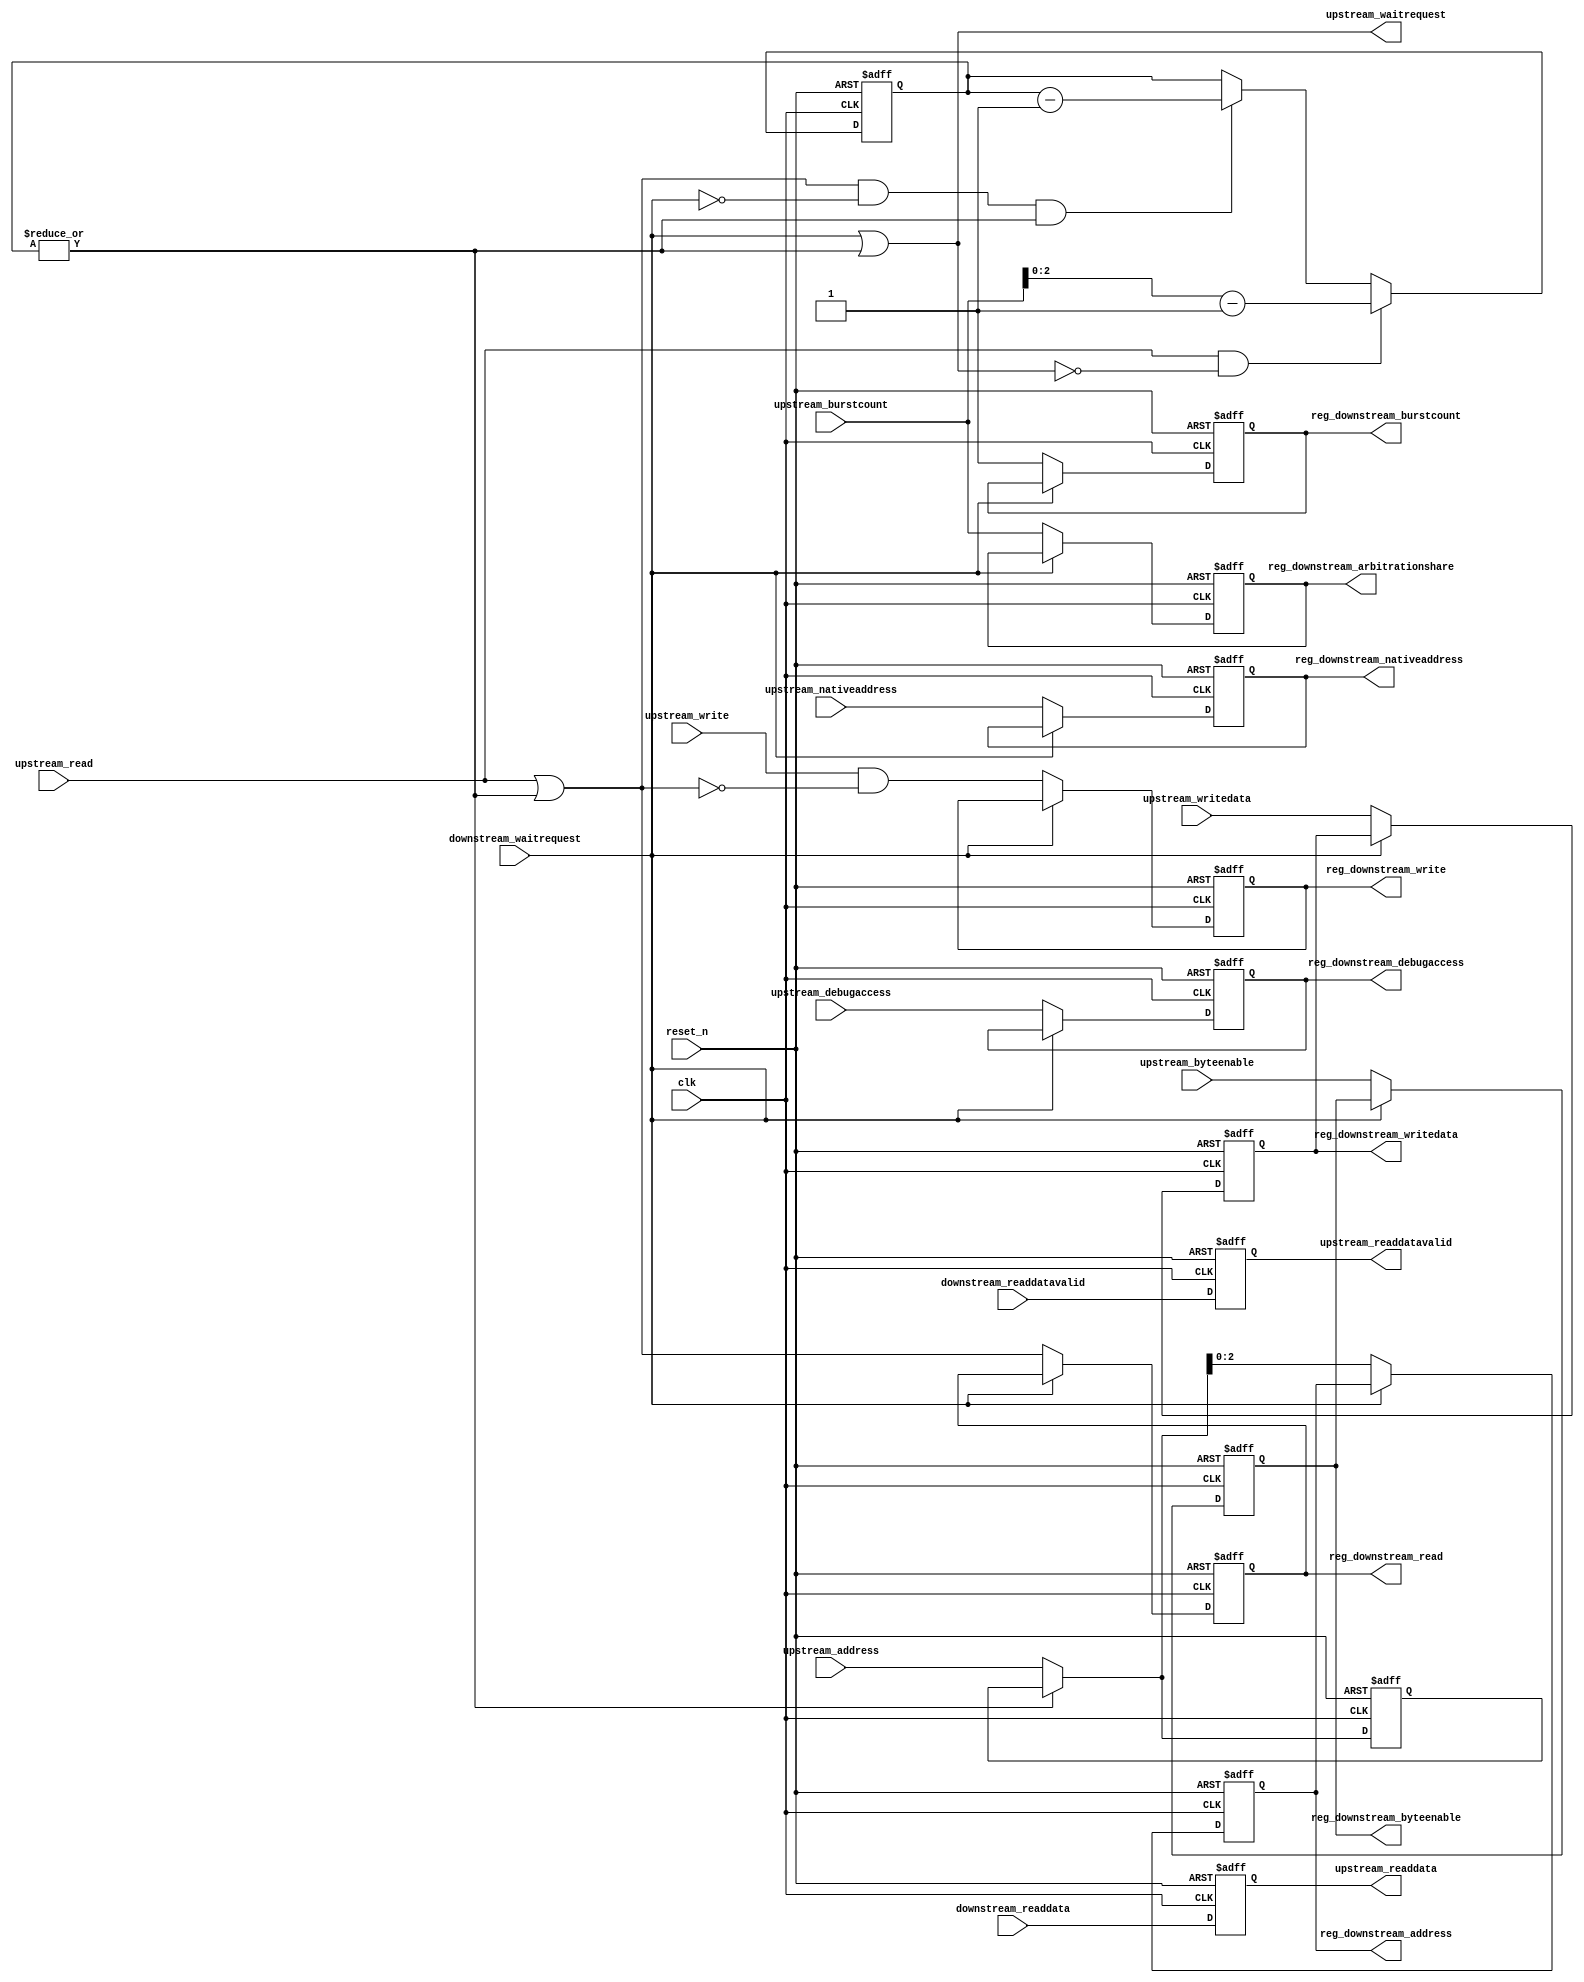
//Legal Notice: (C)2014 Altera Corporation. All rights reserved.  Your
//use of Altera Corporation's design tools, logic functions and other
//software and tools, and its AMPP partner logic functions, and any
//output files any of the foregoing (including device programming or
//simulation files), and any associated documentation or information are
//expressly subject to the terms and conditions of the Altera Program
//License Subscription Agreement or other applicable license agreement,
//including, without limitation, that your use is for the sole purpose
//of programming logic devices manufactured by Altera and sold by Altera
//or its authorized distributors.  Please refer to the applicable
//agreement for further details.

// synthesis translate_off
`timescale 1ns / 1ps
// synthesis translate_on

// turn off superfluous verilog processor warnings 
// altera message_level Level1 
// altera message_off 10034 10035 10036 10037 10230 10240 10030 

//
//Burst adapter parameters:
//adapter is mastered by: cpu_linux/data_master
//adapter masters: jtag_uart_0/avalon_jtag_slave
//asp_debug: 0
//byteaddr_width: 5
//ceil_data_width: 32
//data_width: 32
//dbs_shift: 0
//dbs_upstream_burstcount_width: 4
//downstream_addr_shift: 2
//downstream_burstcount_width: 1
//downstream_max_burstcount: 1
//downstream_pipeline: 1
//dynamic_slave: 0
//master_always_burst_max_burst: 0
//master_burst_on_burst_boundaries_only: 1
//master_data_width: 32
//master_interleave: 0
//master_linewrap_bursts: 0
//nativeaddr_width: 3
//slave_always_burst_max_burst: 0
//slave_burst_on_burst_boundaries_only: 0
//slave_interleave: 0
//slave_linewrap_bursts: 0
//upstream_burstcount: upstream_burstcount
//upstream_burstcount_width: 4
//upstream_max_burstcount: 8
//zero_address_width: 0


module Medipix_sopc_burst_2 (
                              // inputs:
                               clk,
                               downstream_readdata,
                               downstream_readdatavalid,
                               downstream_waitrequest,
                               reset_n,
                               upstream_address,
                               upstream_burstcount,
                               upstream_byteenable,
                               upstream_debugaccess,
                               upstream_nativeaddress,
                               upstream_read,
                               upstream_write,
                               upstream_writedata,

                              // outputs:
                               reg_downstream_address,
                               reg_downstream_arbitrationshare,
                               reg_downstream_burstcount,
                               reg_downstream_byteenable,
                               reg_downstream_debugaccess,
                               reg_downstream_nativeaddress,
                               reg_downstream_read,
                               reg_downstream_write,
                               reg_downstream_writedata,
                               upstream_readdata,
                               upstream_readdatavalid,
                               upstream_waitrequest
                            )
;

  output  [  2: 0] reg_downstream_address;
  output  [  3: 0] reg_downstream_arbitrationshare;
  output           reg_downstream_burstcount;
  output  [  3: 0] reg_downstream_byteenable;
  output           reg_downstream_debugaccess;
  output  [  2: 0] reg_downstream_nativeaddress;
  output           reg_downstream_read;
  output           reg_downstream_write;
  output  [ 31: 0] reg_downstream_writedata;
  output  [ 31: 0] upstream_readdata;
  output           upstream_readdatavalid;
  output           upstream_waitrequest;
  input            clk;
  input   [ 31: 0] downstream_readdata;
  input            downstream_readdatavalid;
  input            downstream_waitrequest;
  input            reset_n;
  input   [  4: 0] upstream_address;
  input   [  3: 0] upstream_burstcount;
  input   [  3: 0] upstream_byteenable;
  input            upstream_debugaccess;
  input   [  2: 0] upstream_nativeaddress;
  input            upstream_read;
  input            upstream_write;
  input   [ 31: 0] upstream_writedata;

  wire    [  4: 0] current_upstream_address;
  wire    [  2: 0] downstream_address;
  wire    [  3: 0] downstream_arbitrationshare;
  wire             downstream_burstcount;
  wire    [  3: 0] downstream_byteenable;
  wire             downstream_debugaccess;
  wire    [  2: 0] downstream_nativeaddress;
  wire             downstream_read;
  wire             downstream_write;
  wire    [ 31: 0] downstream_writedata;
  reg     [  2: 0] reg_downstream_address;
  reg     [  3: 0] reg_downstream_arbitrationshare;
  reg              reg_downstream_burstcount;
  reg     [  3: 0] reg_downstream_byteenable;
  reg              reg_downstream_debugaccess;
  reg     [  2: 0] reg_downstream_nativeaddress;
  reg              reg_downstream_read;
  reg              reg_downstream_write;
  reg     [ 31: 0] reg_downstream_writedata;
  reg     [  4: 0] registered_upstream_address;
  wire             sync_nativeaddress;
  reg     [  2: 0] transactions_remaining;
  reg     [ 31: 0] upstream_readdata;
  reg              upstream_readdatavalid;
  wire             upstream_waitrequest;
  assign sync_nativeaddress = |upstream_nativeaddress;
  //downstream, which is an e_avalon_master
  //upstream, which is an e_avalon_slave
  always @(posedge clk or negedge reset_n)
    begin
      if (reset_n == 0)
          registered_upstream_address <= 0;
      else if (~|transactions_remaining)
          registered_upstream_address <= upstream_address;
    end


  assign current_upstream_address = ~|transactions_remaining ? upstream_address : registered_upstream_address;
  always @(posedge clk or negedge reset_n)
    begin
      if (reset_n == 0)
          transactions_remaining <= 0;
      else 
        transactions_remaining <= (upstream_read & ~upstream_waitrequest) ? (upstream_burstcount - 1) : (downstream_read & ~downstream_waitrequest & (|transactions_remaining)) ? (transactions_remaining - downstream_burstcount) : transactions_remaining;
    end


  assign downstream_burstcount = 1;
  assign downstream_arbitrationshare = upstream_burstcount;
  assign downstream_address = current_upstream_address;
  assign downstream_nativeaddress = upstream_nativeaddress;
  assign downstream_read = upstream_read | (|transactions_remaining);
  always @(posedge clk or negedge reset_n)
    begin
      if (reset_n == 0)
          upstream_readdatavalid <= 0;
      else 
        upstream_readdatavalid <= downstream_readdatavalid;
    end


  always @(posedge clk or negedge reset_n)
    begin
      if (reset_n == 0)
          upstream_readdata <= 0;
      else 
        upstream_readdata <= downstream_readdata;
    end


  assign downstream_write = upstream_write & !downstream_read;
  assign downstream_byteenable = upstream_byteenable;
  assign downstream_writedata = upstream_writedata;
  assign upstream_waitrequest = downstream_waitrequest | (|transactions_remaining);
  assign downstream_debugaccess = upstream_debugaccess;
  always @(posedge clk or negedge reset_n)
    begin
      if (reset_n == 0)
          reg_downstream_address <= 0;
      else if (~downstream_waitrequest)
          reg_downstream_address <= downstream_address;
    end


  always @(posedge clk or negedge reset_n)
    begin
      if (reset_n == 0)
          reg_downstream_arbitrationshare <= 0;
      else if (~downstream_waitrequest)
          reg_downstream_arbitrationshare <= downstream_arbitrationshare;
    end


  always @(posedge clk or negedge reset_n)
    begin
      if (reset_n == 0)
          reg_downstream_burstcount <= 0;
      else if (~downstream_waitrequest)
          reg_downstream_burstcount <= downstream_burstcount;
    end


  always @(posedge clk or negedge reset_n)
    begin
      if (reset_n == 0)
          reg_downstream_byteenable <= 0;
      else if (~downstream_waitrequest)
          reg_downstream_byteenable <= downstream_byteenable;
    end


  always @(posedge clk or negedge reset_n)
    begin
      if (reset_n == 0)
          reg_downstream_debugaccess <= 0;
      else if (~downstream_waitrequest)
          reg_downstream_debugaccess <= downstream_debugaccess;
    end


  always @(posedge clk or negedge reset_n)
    begin
      if (reset_n == 0)
          reg_downstream_nativeaddress <= 0;
      else if (~downstream_waitrequest)
          reg_downstream_nativeaddress <= downstream_nativeaddress;
    end


  always @(posedge clk or negedge reset_n)
    begin
      if (reset_n == 0)
          reg_downstream_read <= 0;
      else if (~downstream_waitrequest)
          reg_downstream_read <= downstream_read;
    end


  always @(posedge clk or negedge reset_n)
    begin
      if (reset_n == 0)
          reg_downstream_write <= 0;
      else if (~downstream_waitrequest)
          reg_downstream_write <= downstream_write;
    end


  always @(posedge clk or negedge reset_n)
    begin
      if (reset_n == 0)
          reg_downstream_writedata <= 0;
      else if (~downstream_waitrequest)
          reg_downstream_writedata <= downstream_writedata;
    end



endmodule